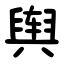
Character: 舆